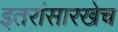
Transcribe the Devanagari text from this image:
इतरांसारखेच